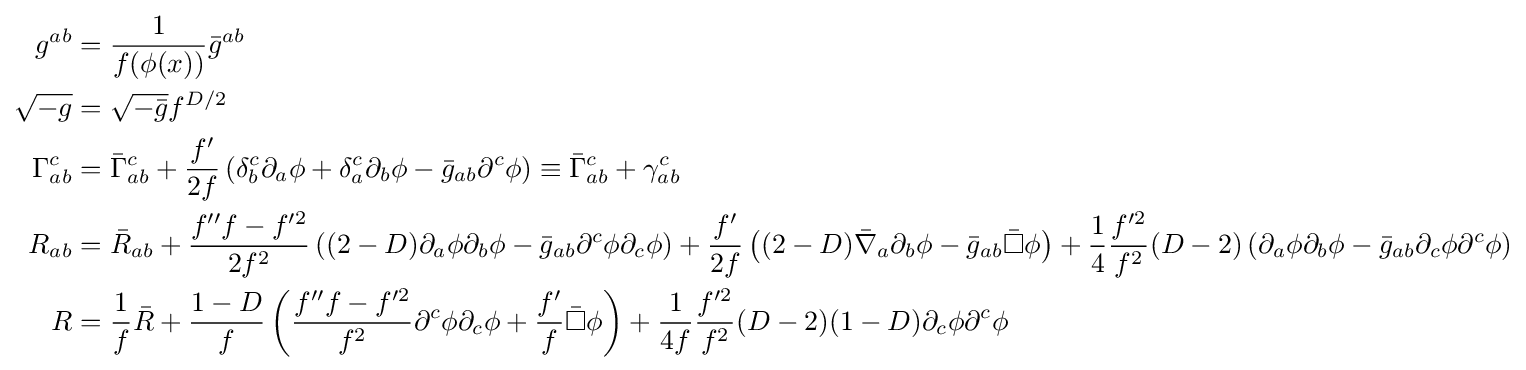
{\begin{aligned}g^{ab}&={\frac {1}{f(\phi (x))}}{\bar {g}}^{ab}\\{\sqrt {-g}}&={\sqrt {-{\bar {g}}}}f^{D/2}\\\Gamma _{ab}^{c}&={\bar {\Gamma }}_{ab}^{c}+{\frac {f'}{2f}}\left(\delta _{b}^{c}\partial _{a}\phi +\delta _{a}^{c}\partial _{b}\phi -{\bar {g}}_{ab}\partial ^{c}\phi \right)\equiv {\bar {\Gamma }}_{ab}^{c}+\gamma _{ab}^{c}\\R_{ab}&={\bar {R}}_{ab}+{\frac {f''f-f^{\prime 2}}{2f^{2}}}\left((2-D)\partial _{a}\phi \partial _{b}\phi -{\bar {g}}_{ab}\partial ^{c}\phi \partial _{c}\phi \right)+{\frac {f'}{2f}}\left((2-D){\bar {\nabla }}_{a}\partial _{b}\phi -{\bar {g}}_{ab}{\bar {\Box }}\phi \right)+{\frac {1}{4}}{\frac {f^{\prime 2}}{f^{2}}}(D-2)\left(\partial _{a}\phi \partial _{b}\phi -{\bar {g}}_{ab}\partial _{c}\phi \partial ^{c}\phi \right)\\R&={\frac {1}{f}}{\bar {R}}+{\frac {1-D}{f}}\left({\frac {f''f-f^{\prime 2}}{f^{2}}}\partial ^{c}\phi \partial _{c}\phi +{\frac {f'}{f}}{\bar {\Box }}\phi \right)+{\frac {1}{4f}}{\frac {f^{\prime 2}}{f^{2}}}(D-2)(1-D)\partial _{c}\phi \partial ^{c}\phi \end{aligned}}